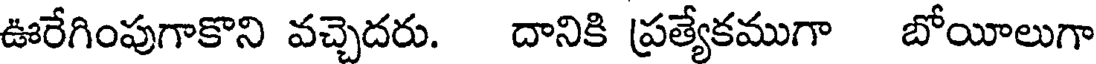
ఊరేగింపుగాకొని వచ్చెదరు. దానికి ప్రత్యేకముగా బోయీలుగా